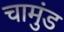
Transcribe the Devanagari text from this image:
चामुंड